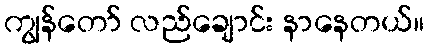
ကျွန်တော် လည်ချောင်း နာနေတယ်။